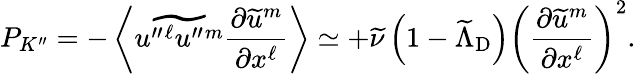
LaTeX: {P}_{K^{\prime\prime}}=-\left\langle{\widetilde{u^{\prime\prime}{}^{\ell}u^{\prime\prime}{}^{m}}\frac{\partial\widetilde{u}^{m}}{\partial x^{\ell}}}\right\rangle\simeq+\widetilde{\nu}\left({1-\widetilde{\Lambda}_{\mathrm{{D}}}}\right)\left({\frac{\partial\widetilde{u}^{m}}{\partial x^{\ell}}}\right)^{2}.